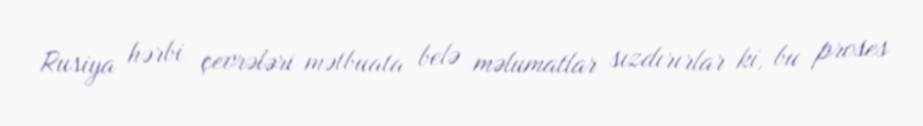
Rusiya hərbi çevrələri mətbuata belə məlumatlar sızdırırlar ki, bu proses